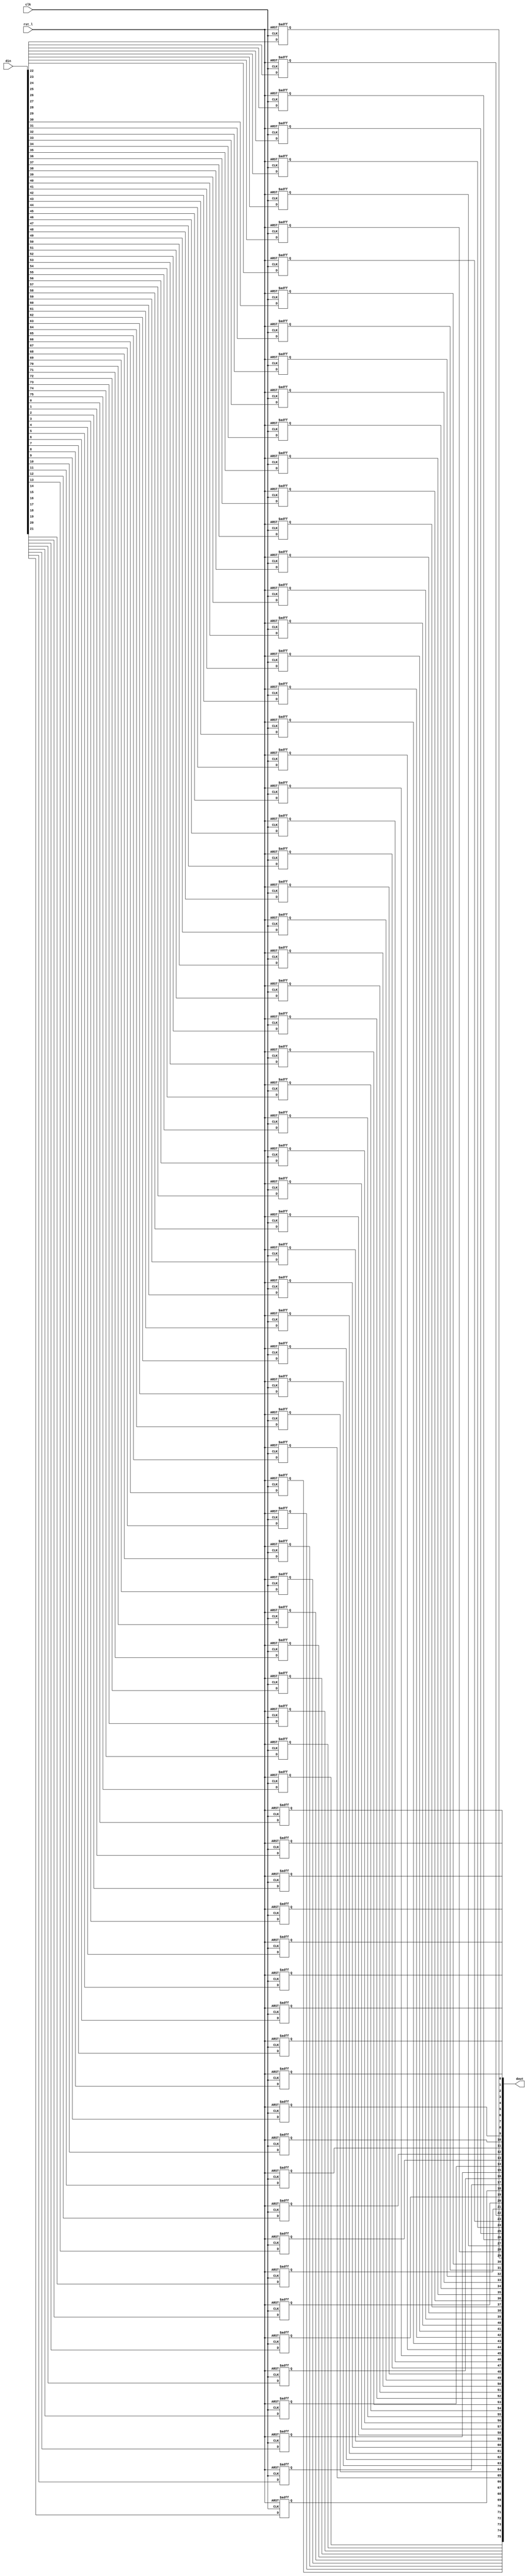
module rvdff_WIDTH76
(
  din,
  clk,
  rst_l,
  dout
);

  input [75:0] din;
  output [75:0] dout;
  input clk;
  input rst_l;
  wire N0;
  reg [75:0] dout;

  always @(posedge clk or posedge N0) begin
    if(N0) begin
      dout[75] <= 1'b0;
    end else if(1'b1) begin
      dout[75] <= din[75];
    end
  end


  always @(posedge clk or posedge N0) begin
    if(N0) begin
      dout[74] <= 1'b0;
    end else if(1'b1) begin
      dout[74] <= din[74];
    end
  end


  always @(posedge clk or posedge N0) begin
    if(N0) begin
      dout[73] <= 1'b0;
    end else if(1'b1) begin
      dout[73] <= din[73];
    end
  end


  always @(posedge clk or posedge N0) begin
    if(N0) begin
      dout[72] <= 1'b0;
    end else if(1'b1) begin
      dout[72] <= din[72];
    end
  end


  always @(posedge clk or posedge N0) begin
    if(N0) begin
      dout[71] <= 1'b0;
    end else if(1'b1) begin
      dout[71] <= din[71];
    end
  end


  always @(posedge clk or posedge N0) begin
    if(N0) begin
      dout[70] <= 1'b0;
    end else if(1'b1) begin
      dout[70] <= din[70];
    end
  end


  always @(posedge clk or posedge N0) begin
    if(N0) begin
      dout[69] <= 1'b0;
    end else if(1'b1) begin
      dout[69] <= din[69];
    end
  end


  always @(posedge clk or posedge N0) begin
    if(N0) begin
      dout[68] <= 1'b0;
    end else if(1'b1) begin
      dout[68] <= din[68];
    end
  end


  always @(posedge clk or posedge N0) begin
    if(N0) begin
      dout[67] <= 1'b0;
    end else if(1'b1) begin
      dout[67] <= din[67];
    end
  end


  always @(posedge clk or posedge N0) begin
    if(N0) begin
      dout[66] <= 1'b0;
    end else if(1'b1) begin
      dout[66] <= din[66];
    end
  end


  always @(posedge clk or posedge N0) begin
    if(N0) begin
      dout[65] <= 1'b0;
    end else if(1'b1) begin
      dout[65] <= din[65];
    end
  end


  always @(posedge clk or posedge N0) begin
    if(N0) begin
      dout[64] <= 1'b0;
    end else if(1'b1) begin
      dout[64] <= din[64];
    end
  end


  always @(posedge clk or posedge N0) begin
    if(N0) begin
      dout[63] <= 1'b0;
    end else if(1'b1) begin
      dout[63] <= din[63];
    end
  end


  always @(posedge clk or posedge N0) begin
    if(N0) begin
      dout[62] <= 1'b0;
    end else if(1'b1) begin
      dout[62] <= din[62];
    end
  end


  always @(posedge clk or posedge N0) begin
    if(N0) begin
      dout[61] <= 1'b0;
    end else if(1'b1) begin
      dout[61] <= din[61];
    end
  end


  always @(posedge clk or posedge N0) begin
    if(N0) begin
      dout[60] <= 1'b0;
    end else if(1'b1) begin
      dout[60] <= din[60];
    end
  end


  always @(posedge clk or posedge N0) begin
    if(N0) begin
      dout[59] <= 1'b0;
    end else if(1'b1) begin
      dout[59] <= din[59];
    end
  end


  always @(posedge clk or posedge N0) begin
    if(N0) begin
      dout[58] <= 1'b0;
    end else if(1'b1) begin
      dout[58] <= din[58];
    end
  end


  always @(posedge clk or posedge N0) begin
    if(N0) begin
      dout[57] <= 1'b0;
    end else if(1'b1) begin
      dout[57] <= din[57];
    end
  end


  always @(posedge clk or posedge N0) begin
    if(N0) begin
      dout[56] <= 1'b0;
    end else if(1'b1) begin
      dout[56] <= din[56];
    end
  end


  always @(posedge clk or posedge N0) begin
    if(N0) begin
      dout[55] <= 1'b0;
    end else if(1'b1) begin
      dout[55] <= din[55];
    end
  end


  always @(posedge clk or posedge N0) begin
    if(N0) begin
      dout[54] <= 1'b0;
    end else if(1'b1) begin
      dout[54] <= din[54];
    end
  end


  always @(posedge clk or posedge N0) begin
    if(N0) begin
      dout[53] <= 1'b0;
    end else if(1'b1) begin
      dout[53] <= din[53];
    end
  end


  always @(posedge clk or posedge N0) begin
    if(N0) begin
      dout[52] <= 1'b0;
    end else if(1'b1) begin
      dout[52] <= din[52];
    end
  end


  always @(posedge clk or posedge N0) begin
    if(N0) begin
      dout[51] <= 1'b0;
    end else if(1'b1) begin
      dout[51] <= din[51];
    end
  end


  always @(posedge clk or posedge N0) begin
    if(N0) begin
      dout[50] <= 1'b0;
    end else if(1'b1) begin
      dout[50] <= din[50];
    end
  end


  always @(posedge clk or posedge N0) begin
    if(N0) begin
      dout[49] <= 1'b0;
    end else if(1'b1) begin
      dout[49] <= din[49];
    end
  end


  always @(posedge clk or posedge N0) begin
    if(N0) begin
      dout[48] <= 1'b0;
    end else if(1'b1) begin
      dout[48] <= din[48];
    end
  end


  always @(posedge clk or posedge N0) begin
    if(N0) begin
      dout[47] <= 1'b0;
    end else if(1'b1) begin
      dout[47] <= din[47];
    end
  end


  always @(posedge clk or posedge N0) begin
    if(N0) begin
      dout[46] <= 1'b0;
    end else if(1'b1) begin
      dout[46] <= din[46];
    end
  end


  always @(posedge clk or posedge N0) begin
    if(N0) begin
      dout[45] <= 1'b0;
    end else if(1'b1) begin
      dout[45] <= din[45];
    end
  end


  always @(posedge clk or posedge N0) begin
    if(N0) begin
      dout[44] <= 1'b0;
    end else if(1'b1) begin
      dout[44] <= din[44];
    end
  end


  always @(posedge clk or posedge N0) begin
    if(N0) begin
      dout[43] <= 1'b0;
    end else if(1'b1) begin
      dout[43] <= din[43];
    end
  end


  always @(posedge clk or posedge N0) begin
    if(N0) begin
      dout[42] <= 1'b0;
    end else if(1'b1) begin
      dout[42] <= din[42];
    end
  end


  always @(posedge clk or posedge N0) begin
    if(N0) begin
      dout[41] <= 1'b0;
    end else if(1'b1) begin
      dout[41] <= din[41];
    end
  end


  always @(posedge clk or posedge N0) begin
    if(N0) begin
      dout[40] <= 1'b0;
    end else if(1'b1) begin
      dout[40] <= din[40];
    end
  end


  always @(posedge clk or posedge N0) begin
    if(N0) begin
      dout[39] <= 1'b0;
    end else if(1'b1) begin
      dout[39] <= din[39];
    end
  end


  always @(posedge clk or posedge N0) begin
    if(N0) begin
      dout[38] <= 1'b0;
    end else if(1'b1) begin
      dout[38] <= din[38];
    end
  end


  always @(posedge clk or posedge N0) begin
    if(N0) begin
      dout[37] <= 1'b0;
    end else if(1'b1) begin
      dout[37] <= din[37];
    end
  end


  always @(posedge clk or posedge N0) begin
    if(N0) begin
      dout[36] <= 1'b0;
    end else if(1'b1) begin
      dout[36] <= din[36];
    end
  end


  always @(posedge clk or posedge N0) begin
    if(N0) begin
      dout[35] <= 1'b0;
    end else if(1'b1) begin
      dout[35] <= din[35];
    end
  end


  always @(posedge clk or posedge N0) begin
    if(N0) begin
      dout[34] <= 1'b0;
    end else if(1'b1) begin
      dout[34] <= din[34];
    end
  end


  always @(posedge clk or posedge N0) begin
    if(N0) begin
      dout[33] <= 1'b0;
    end else if(1'b1) begin
      dout[33] <= din[33];
    end
  end


  always @(posedge clk or posedge N0) begin
    if(N0) begin
      dout[32] <= 1'b0;
    end else if(1'b1) begin
      dout[32] <= din[32];
    end
  end


  always @(posedge clk or posedge N0) begin
    if(N0) begin
      dout[31] <= 1'b0;
    end else if(1'b1) begin
      dout[31] <= din[31];
    end
  end


  always @(posedge clk or posedge N0) begin
    if(N0) begin
      dout[30] <= 1'b0;
    end else if(1'b1) begin
      dout[30] <= din[30];
    end
  end


  always @(posedge clk or posedge N0) begin
    if(N0) begin
      dout[29] <= 1'b0;
    end else if(1'b1) begin
      dout[29] <= din[29];
    end
  end


  always @(posedge clk or posedge N0) begin
    if(N0) begin
      dout[28] <= 1'b0;
    end else if(1'b1) begin
      dout[28] <= din[28];
    end
  end


  always @(posedge clk or posedge N0) begin
    if(N0) begin
      dout[27] <= 1'b0;
    end else if(1'b1) begin
      dout[27] <= din[27];
    end
  end


  always @(posedge clk or posedge N0) begin
    if(N0) begin
      dout[26] <= 1'b0;
    end else if(1'b1) begin
      dout[26] <= din[26];
    end
  end


  always @(posedge clk or posedge N0) begin
    if(N0) begin
      dout[25] <= 1'b0;
    end else if(1'b1) begin
      dout[25] <= din[25];
    end
  end


  always @(posedge clk or posedge N0) begin
    if(N0) begin
      dout[24] <= 1'b0;
    end else if(1'b1) begin
      dout[24] <= din[24];
    end
  end


  always @(posedge clk or posedge N0) begin
    if(N0) begin
      dout[23] <= 1'b0;
    end else if(1'b1) begin
      dout[23] <= din[23];
    end
  end


  always @(posedge clk or posedge N0) begin
    if(N0) begin
      dout[22] <= 1'b0;
    end else if(1'b1) begin
      dout[22] <= din[22];
    end
  end


  always @(posedge clk or posedge N0) begin
    if(N0) begin
      dout[21] <= 1'b0;
    end else if(1'b1) begin
      dout[21] <= din[21];
    end
  end


  always @(posedge clk or posedge N0) begin
    if(N0) begin
      dout[20] <= 1'b0;
    end else if(1'b1) begin
      dout[20] <= din[20];
    end
  end


  always @(posedge clk or posedge N0) begin
    if(N0) begin
      dout[19] <= 1'b0;
    end else if(1'b1) begin
      dout[19] <= din[19];
    end
  end


  always @(posedge clk or posedge N0) begin
    if(N0) begin
      dout[18] <= 1'b0;
    end else if(1'b1) begin
      dout[18] <= din[18];
    end
  end


  always @(posedge clk or posedge N0) begin
    if(N0) begin
      dout[17] <= 1'b0;
    end else if(1'b1) begin
      dout[17] <= din[17];
    end
  end


  always @(posedge clk or posedge N0) begin
    if(N0) begin
      dout[16] <= 1'b0;
    end else if(1'b1) begin
      dout[16] <= din[16];
    end
  end


  always @(posedge clk or posedge N0) begin
    if(N0) begin
      dout[15] <= 1'b0;
    end else if(1'b1) begin
      dout[15] <= din[15];
    end
  end


  always @(posedge clk or posedge N0) begin
    if(N0) begin
      dout[14] <= 1'b0;
    end else if(1'b1) begin
      dout[14] <= din[14];
    end
  end


  always @(posedge clk or posedge N0) begin
    if(N0) begin
      dout[13] <= 1'b0;
    end else if(1'b1) begin
      dout[13] <= din[13];
    end
  end


  always @(posedge clk or posedge N0) begin
    if(N0) begin
      dout[12] <= 1'b0;
    end else if(1'b1) begin
      dout[12] <= din[12];
    end
  end


  always @(posedge clk or posedge N0) begin
    if(N0) begin
      dout[11] <= 1'b0;
    end else if(1'b1) begin
      dout[11] <= din[11];
    end
  end


  always @(posedge clk or posedge N0) begin
    if(N0) begin
      dout[10] <= 1'b0;
    end else if(1'b1) begin
      dout[10] <= din[10];
    end
  end


  always @(posedge clk or posedge N0) begin
    if(N0) begin
      dout[9] <= 1'b0;
    end else if(1'b1) begin
      dout[9] <= din[9];
    end
  end


  always @(posedge clk or posedge N0) begin
    if(N0) begin
      dout[8] <= 1'b0;
    end else if(1'b1) begin
      dout[8] <= din[8];
    end
  end


  always @(posedge clk or posedge N0) begin
    if(N0) begin
      dout[7] <= 1'b0;
    end else if(1'b1) begin
      dout[7] <= din[7];
    end
  end


  always @(posedge clk or posedge N0) begin
    if(N0) begin
      dout[6] <= 1'b0;
    end else if(1'b1) begin
      dout[6] <= din[6];
    end
  end


  always @(posedge clk or posedge N0) begin
    if(N0) begin
      dout[5] <= 1'b0;
    end else if(1'b1) begin
      dout[5] <= din[5];
    end
  end


  always @(posedge clk or posedge N0) begin
    if(N0) begin
      dout[4] <= 1'b0;
    end else if(1'b1) begin
      dout[4] <= din[4];
    end
  end


  always @(posedge clk or posedge N0) begin
    if(N0) begin
      dout[3] <= 1'b0;
    end else if(1'b1) begin
      dout[3] <= din[3];
    end
  end


  always @(posedge clk or posedge N0) begin
    if(N0) begin
      dout[2] <= 1'b0;
    end else if(1'b1) begin
      dout[2] <= din[2];
    end
  end


  always @(posedge clk or posedge N0) begin
    if(N0) begin
      dout[1] <= 1'b0;
    end else if(1'b1) begin
      dout[1] <= din[1];
    end
  end


  always @(posedge clk or posedge N0) begin
    if(N0) begin
      dout[0] <= 1'b0;
    end else if(1'b1) begin
      dout[0] <= din[0];
    end
  end

  assign N0 = ~rst_l;

endmodule